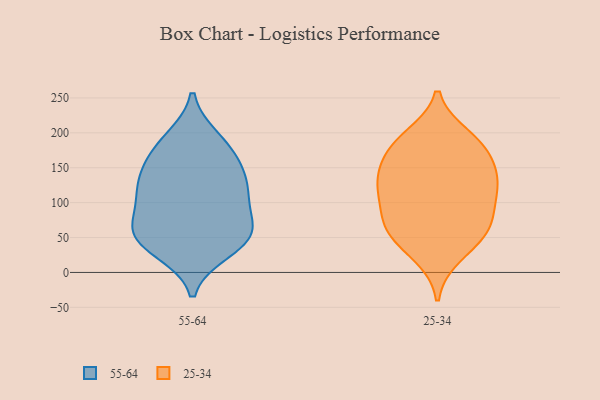
{"axis": {"x": "Demand Index", "y": "Value"}, "legend": ["25-34", "55-64"], "data": [{"x": "", "y": 62, "type": "55-64"}, {"x": "", "y": 178, "type": "55-64"}, {"x": "", "y": 32, "type": "55-64"}, {"x": "", "y": 121, "type": "55-64"}, {"x": "", "y": 170, "type": "55-64"}, {"x": "", "y": 59, "type": "55-64"}, {"x": "", "y": 134, "type": "55-64"}, {"x": "", "y": 190, "type": "55-64"}, {"x": "", "y": 138, "type": "55-64"}, {"x": "", "y": 46, "type": "55-64"}, {"x": "", "y": 46, "type": "55-64"}, {"x": "", "y": 109, "type": "55-64"}, {"x": "", "y": 64, "type": "55-64"}, {"x": "", "y": 105, "type": "55-64"}, {"x": "", "y": 179, "type": "25-34"}, {"x": "", "y": 67, "type": "25-34"}, {"x": "", "y": 121, "type": "25-34"}, {"x": "", "y": 44, "type": "25-34"}, {"x": "", "y": 181, "type": "25-34"}, {"x": "", "y": 194, "type": "25-34"}, {"x": "", "y": 146, "type": "25-34"}, {"x": "", "y": 79, "type": "25-34"}, {"x": "", "y": 134, "type": "25-34"}, {"x": "", "y": 106, "type": "25-34"}, {"x": "", "y": 181, "type": "25-34"}, {"x": "", "y": 62, "type": "25-34"}, {"x": "", "y": 25, "type": "25-34"}, {"x": "", "y": 119, "type": "25-34"}, {"x": "", "y": 66, "type": "25-34"}, {"x": "", "y": 136, "type": "25-34"}]}